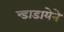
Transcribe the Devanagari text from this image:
न्डाडायेने